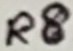
Text: R8